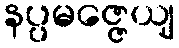
နပ္ပမဇ္ဇေယျ